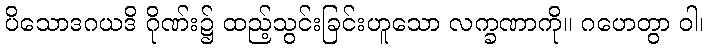
ပိသောဒဂယဒိ ဂိုဏ်း၌ ထည့်သွင်းခြင်းဟူသော လက္ခဏာကို။ ဂဟေတွာ ဝါ၊